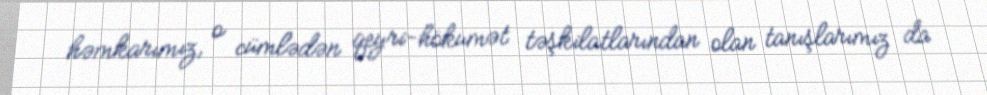
həmkarımız, o cümlədən qeyri-hökumət təşkilatlarından olan tanışlarımız da